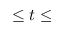
\leq t \leq